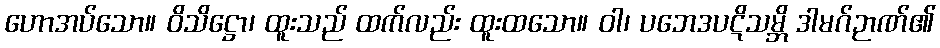
ဟောအပ်သော။ ဝိသိဋ္ဌော၊ ထူးသည် ထက်လည်း ထူးထသော။ ဝါ၊ ပဘေဒပဋိသမ္ဘိ ဒါမဂ်ဉာဏ်၏